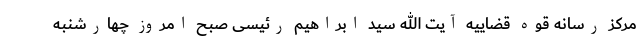
مرکز رسانه قوه قضاییه آیت الله سید ابراهیم رئیسی صبح امروز چهارشنبه